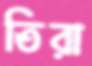
তিরা